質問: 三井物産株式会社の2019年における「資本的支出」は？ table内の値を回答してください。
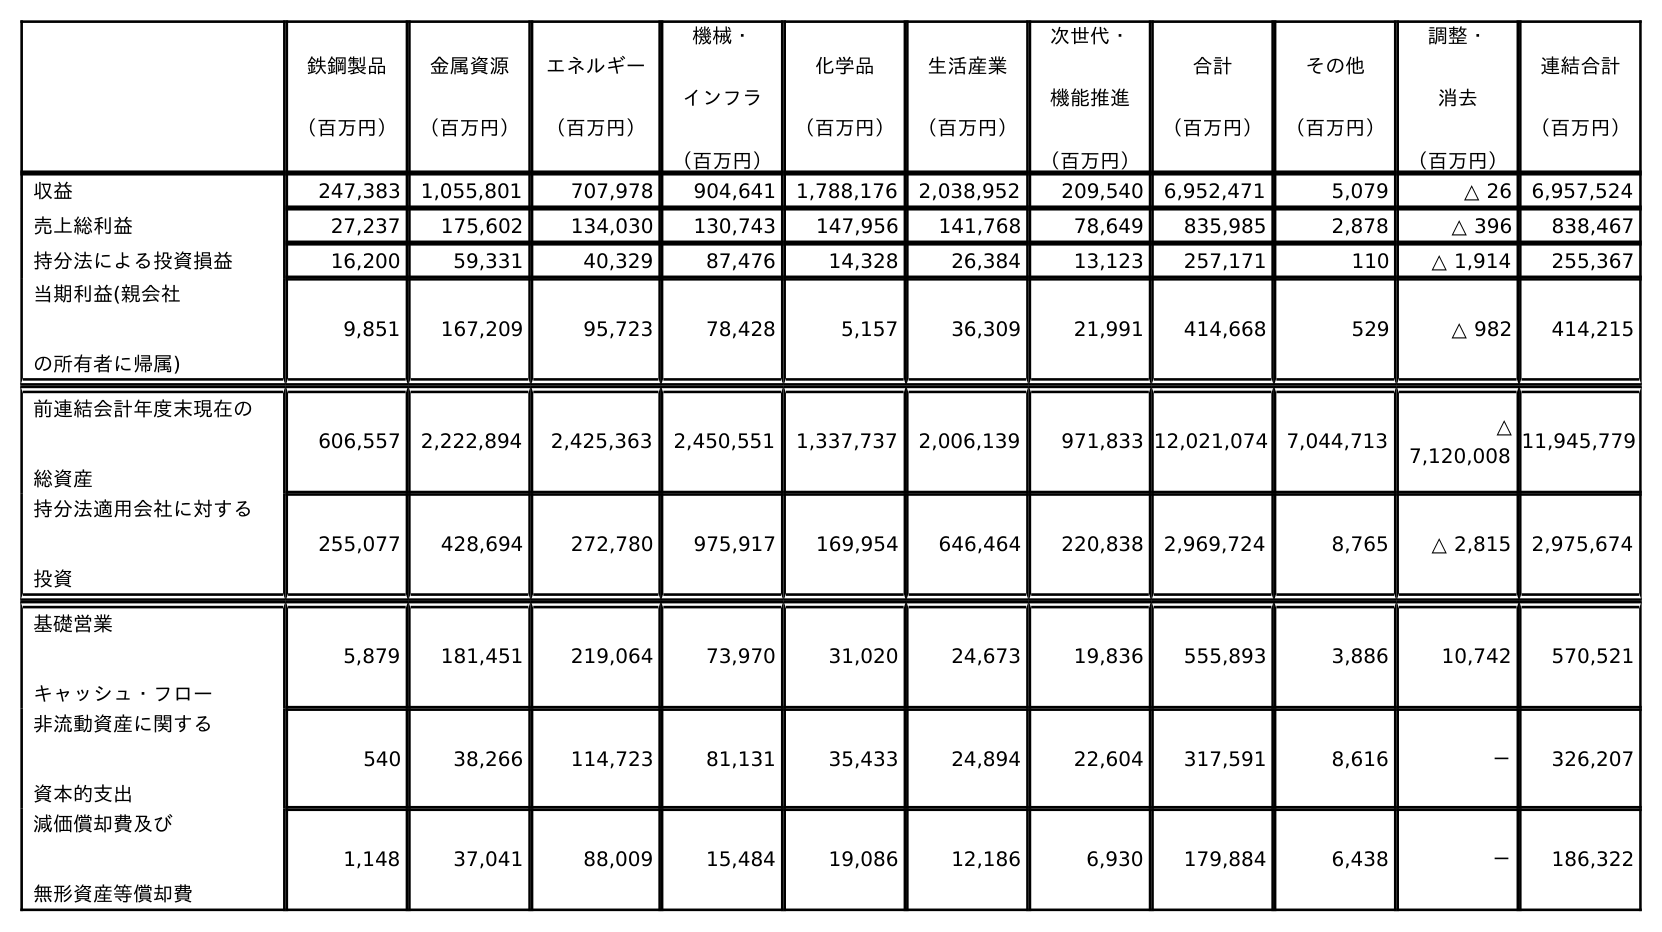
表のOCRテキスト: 鉄鋼製品 （百万円） 金属資源 （百万円） エネルギー （百万円） 機械・ インフラ （百万円） 化学品 （百万円） 生活産業 （百万円） 次世代・ 機能推進 （百万円） 合計 （百万円） その他 （百万円） 調整・ 消去 （百万円） 連結合計 （百万円） 収益 247,383 1,055,801 707,978 904,641 1,788,176 2,038,952 209,540 6,952,471 5,079 △ 26 6,957,524 売上総利益 27,237 175,602 134,030 130,743 147,956 141,768 78,649 835,985 2,878 △ 396 838,467 持分法による投資損益 16,200 59,331 40,329 87,476 14,328 26,384 13,123 257,171 110 △ 1,914 255,367 当期利益(親会社 の所有者に帰属) 9,851 167,209 95,723 78,428 5,157 36,309 21,991 414,668 529 △ 982 414,215 前連結会計年度末現在の 総資産 606,557 2,222,894 2,425,363 2,450,551 1,337,737 2,006,139 971,833 12,021,074 7,044,713 △ 7,120,008 11,945,779 持分法適用会社に対する 投資 255,077 428,694 272,780 975,917 169,954 646,464 220,838 2,969,724 8,765 △ 2,815 2,975,674 基礎営業 キャッシュ・フロー 5,879 181,451 219,064 73,970 31,020 24,673 19,836 555,893 3,886 10,742 570,521 非流動資産に関する 資本的支出 540 38,266 114,723 81,131 35,433 24,894 22,604 317,591 8,616 － 326,207 減価償却費及び 無形資産等償却費 1,148 37,041 88,009 15,484 19,086 12,186 6,930 179,884 6,438 － 186,322
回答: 326,207